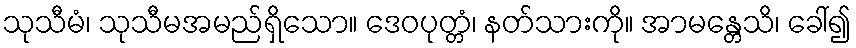
သုသီမံ၊ သုသီမအမည်ရှိသော။ ဒေဝပုတ္တံ၊ နတ်သားကို။ အာမန္တေသိ၊ ခေါ်၍